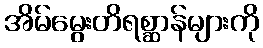
အိမ်မွေးတိရစ္ဆာန်များကို